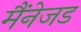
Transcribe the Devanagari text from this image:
मैंनेजड